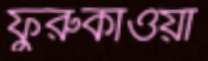
ফুরুকাওয়া